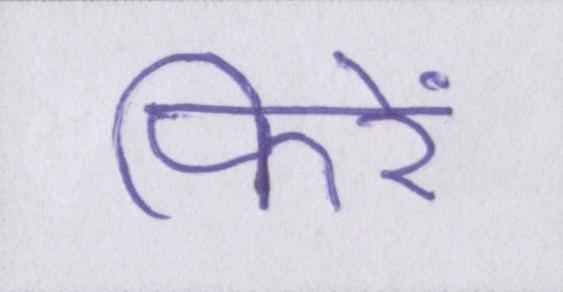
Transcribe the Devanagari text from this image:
फिरें